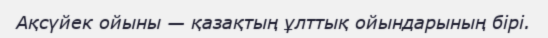
Ақсүйек ойыны — қазақтың ұлттық ойындарының бірі.